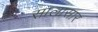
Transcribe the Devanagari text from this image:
सालासार